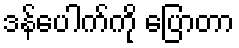
ဒန်ပေါက်ကို ပြောတာ